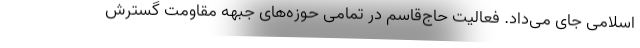
اسلامی جای می‌داد. فعالیت حاج‌قاسم در تمامی حوزه‌های جبهه مقاومت گسترش